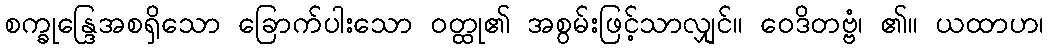
စက္ခုန္ဒြေအစရှိသော ခြောက်ပါးသော ဝတ္ထု၏ အစွမ်းဖြင့်သာလျှင်။ ဝေဒိတဗ္ဗံ၊ ၏။ ယထာဟ၊